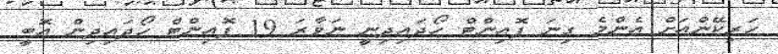
ހަރިކޭންއަށް އެންމެ ގިނަ ޕޮއިންޓް ހޯދައިދިނީ ނަވާރަ 19 ޕޮއިންޓް ހޯދައިދިން އޮބީ